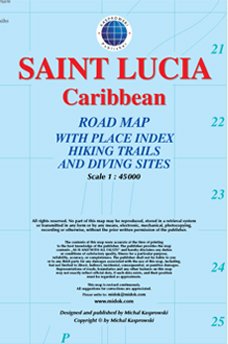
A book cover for Saint LuciaStreet Map With Index 1:45,000; Michal Kasprowski; Travel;